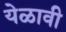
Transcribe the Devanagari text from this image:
येळावी